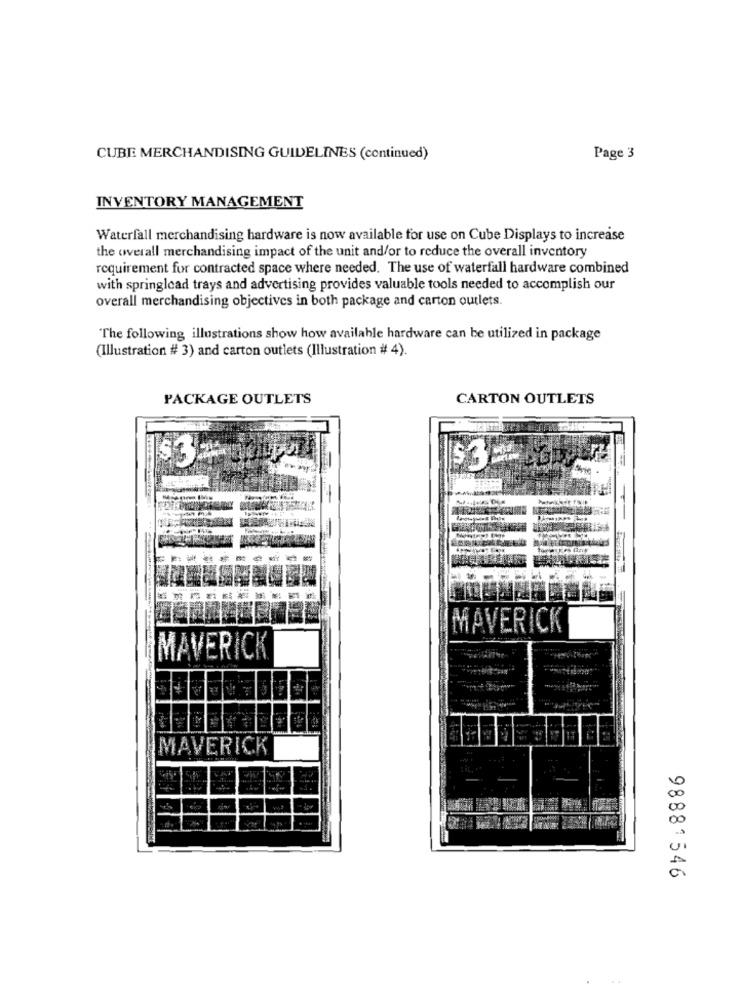
CUBE MERCHANDISING GUIDELINES (continued)
Page 3
INVENTORY MANAGEMENT
Waterfall merchandising hardware is now available for use on Cube Displays to increase
the overall merchandising impact of the unit and/or to reduce the overall inventory
requirement for contracted space where needed. The use of waterfall hardware combined
with springlcad trays and advertising provides valuable tools needed to accomplish our
overall merchandising objectives in both package and carton outlets.
The following illustrations show how available hardware can be utilized in package
(Illustration # 3) and carton outlets (Illustration # 4).
PACKAGE OUTLETS
CARTON OUTLETS
MAVERICK
MAVERICK
MAVERICK
00
00
98881546
..